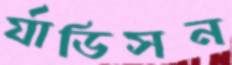
র‍্যাডিসন